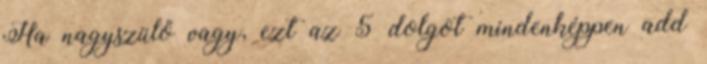
Ha nagyszülő vagy, ezt az 5 dolgot mindenképpen add